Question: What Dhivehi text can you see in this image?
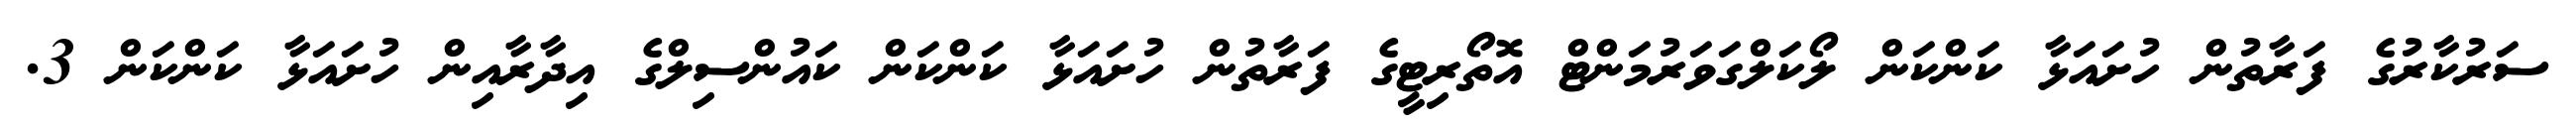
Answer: ސަރުކާރުގެ ފަރާތުން ހުށައަޅާ ކަންކަން ލޯކަލްގަވަރުމަންޓް އޮތޯރިޓީގެ ފަރާތުން ހުށައަޅާ ކަންކަން ކައުންސިލްގެ އިދާރާއިން ހުށައަޅާ ކަންކަން 3.